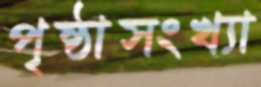
পৃষ্ঠাসংখ্যা